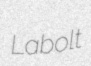
Labolt